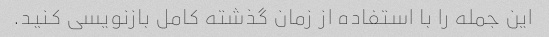
این جمله را با استفاده از زمان گذشته کامل بازنویسی کنید.